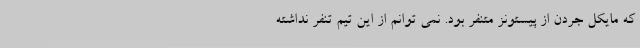
که مایکل جردن از پیستونز متنفر بود. نمی توانم از این تیم تنفر نداشته